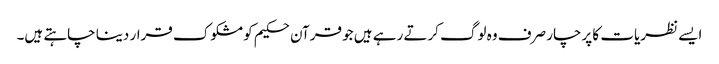
ایسے نظریات کا پرچار صرف وہ لوگ کرتے رہے ہیں جو قرآن حکیم کو مشکوک قرار دینا چاہتے ہیں۔